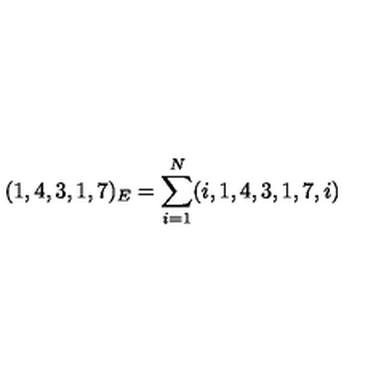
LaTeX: ( 1 , 4 , 3 , 1 , 7 ) _ { E } = \sum _ { i = 1 } ^ { N } ( i , 1 , 4 , 3 , 1 , 7 , i )